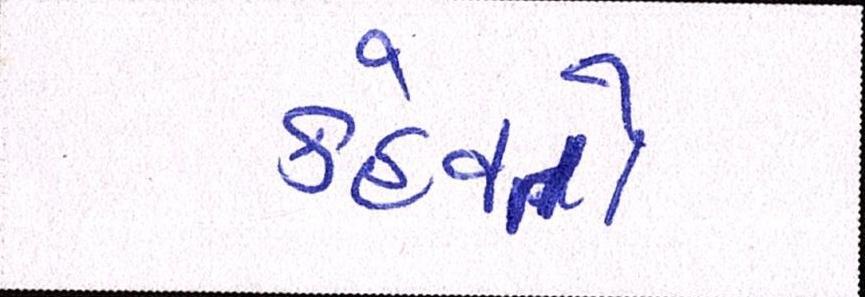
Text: કહેવતો